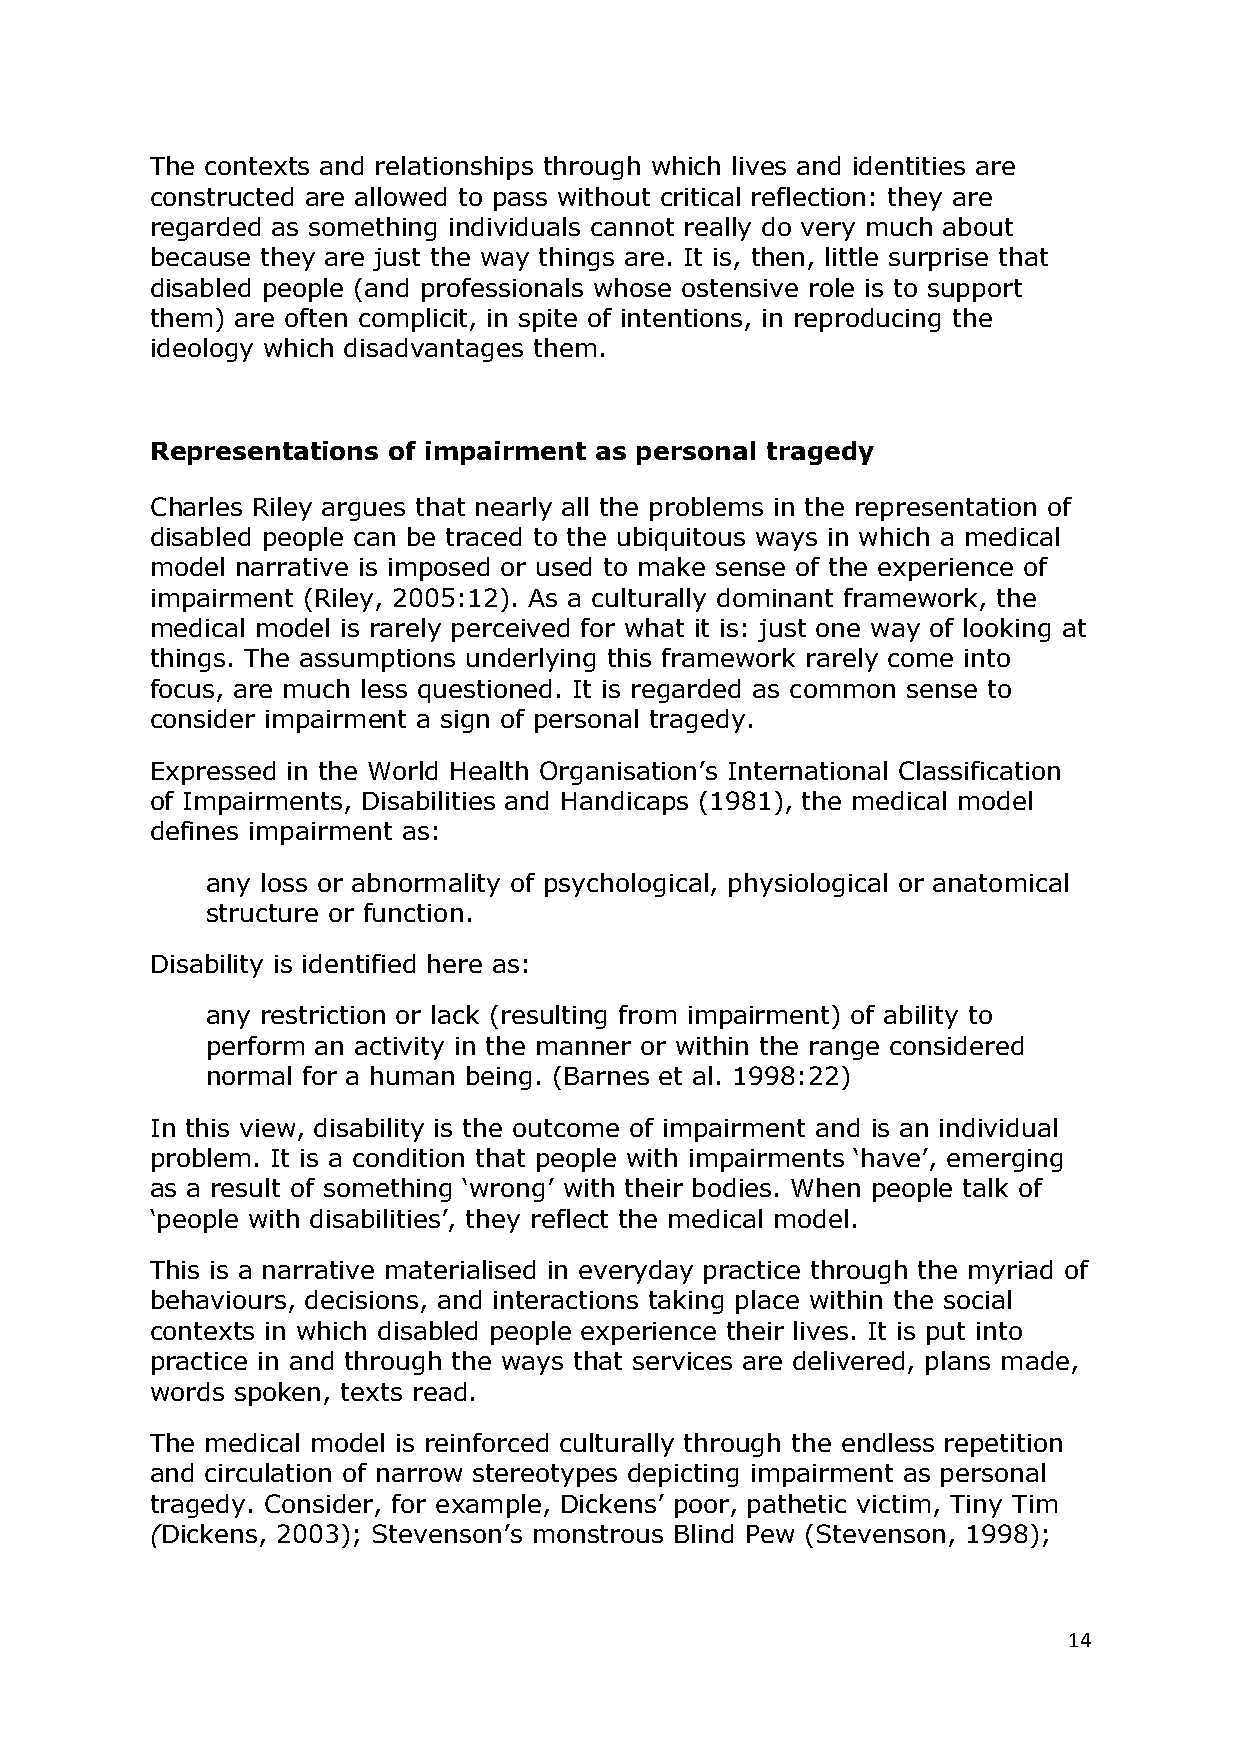
The contexts and relationships through which lives and identities are
 constructed are allowed to pass without critical reflection: they are
 regarded as something individuals cannot really do very much about
 because they are just the way things are. It is, then, little surprise that
 disabled people (and professionals whose ostensive role is to support
 them) are often complicit, in spite of intentions, in reproducing the
 ideology which disadvantages them.
 Representations of impairment as personal tragedy
 Charles Riley argues that nearly all the problems in the representation of
 disabled people can be traced to the ubiquitous ways in which a medical
 model narrative is imposed or used to make sense of the experience of
 impairment (Riley, 2005:12). As a culturally dominant framework, the
 medical model is rarely perceived for what it is: just one way of looking at
 things. The assumptions underlying this framework rarely come into
 focus, are much less questioned. It is regarded as common sense to
 consider impairment a sign of personal tragedy.
 Expressed in the World Health Organisation‘s International Classification
 of Impairments, Disabilities and Handicaps (1981), the medical model
 defines impairment as:
 any loss or abnormality of psychological, physiological or anatomical
 structure or function.
 Disability is identified here as:
 any restriction or lack (resulting from impairment) of ability to
 perform an activity in the manner or within the range considered
 normal for a human being. (Barnes et al. 1998:22)
 In this view, disability is the outcome of impairment and is an individual
 problem. It is a condition that people with impairments ‗have‘, emerging
 as a result of something ‗wrong‘ with their bodies. When people talk of
 ‗people with disabilities‘, they reflect the medical model.
 This is a narrative materialised in everyday practice through the myriad of
 behaviours, decisions, and interactions taking place within the social
 contexts in which disabled people experience their lives. It is put into
 practice in and through the ways that services are delivered, plans made,
 words spoken, texts read.
 The medical model is reinforced culturally through the endless repetition
 and circulation of narrow stereotypes depicting impairment as personal
 tragedy. Consider, for example, Dickens‘ poor, pathetic victim, Tiny Tim
 (Dickens, 2003); Stevenson‘s monstrous Blind Pew (Stevenson, 1998);
 14